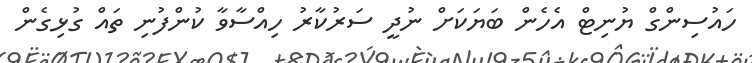
ހައުސިންގް ޔުނިޓް އެހެން ބަޔަކަށް ނުދީ ސަރުކާރު ހިއްސާވާ ކުންފުނި ތައް ގުޅިގެން